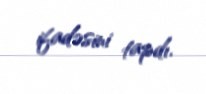
ifadəsini tapdı.